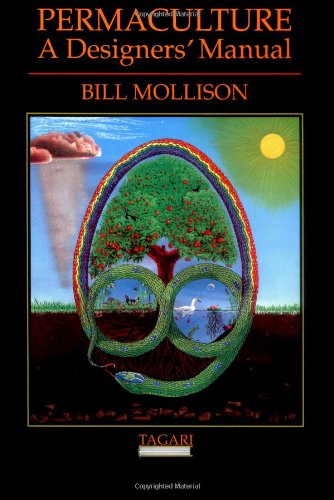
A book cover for Permaculture: A Designers' Manual; Bill Mollison; Crafts, Hobbies & Home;